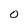
Character: O